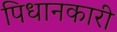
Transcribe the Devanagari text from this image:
पिधानकारी